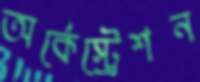
অর্কেস্ট্রেশন